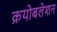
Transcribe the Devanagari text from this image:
क्रयोबलेशन